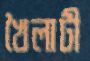
খৈলাটী